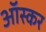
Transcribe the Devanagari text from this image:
आॅस्कर